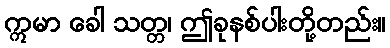
ဣမာ ခေါ သတ္တ၊ ဤခုနစ်ပါးတို့တည်း။